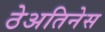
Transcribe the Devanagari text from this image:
ठेअतिनेस